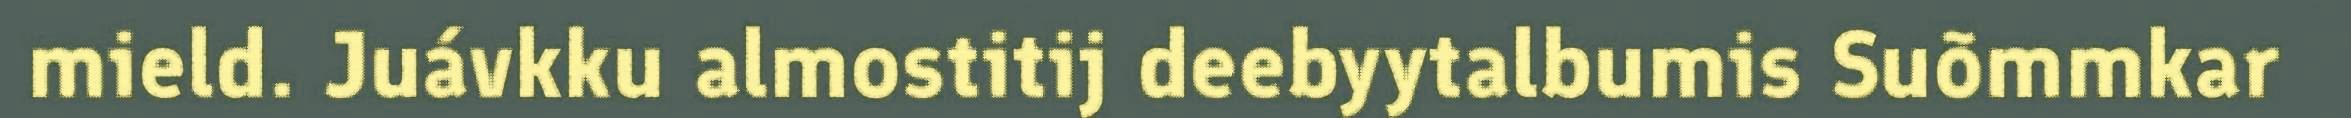
mield. Juávkku almostitij deebyytalbumis Suõmmkar